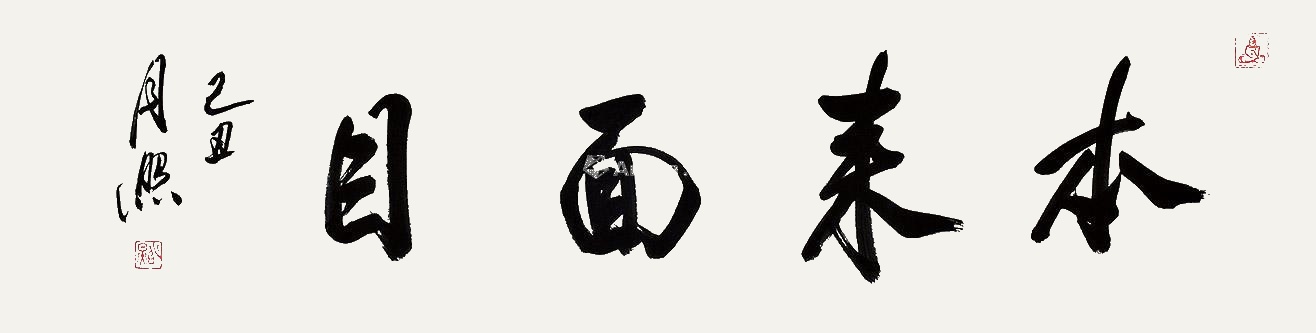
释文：本来面目己丑月照。